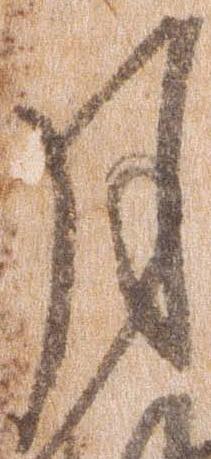
月